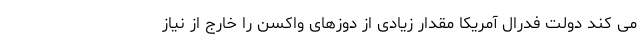
می کند دولت فدرال آمریکا مقدار زیادی از دوزهای واکسن را خارج از نیاز